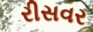
રીસવર